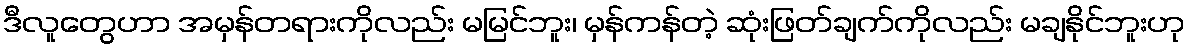
ဒီလူတွေဟာ အမှန်တရားကိုလည်း မမြင်ဘူး၊ မှန်ကန်တဲ့ ဆုံးဖြတ်ချက်ကိုလည်း မချနိုင်ဘူးဟု